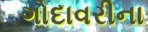
ગોદાવરીના